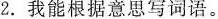
2.我能根据意思写词语。